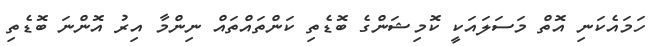
ހަމައެކަނި އޮތް މަސަލައަކީ ކޮމިޝަންގެ ބޮޑެތި ކަންތައްތައް ނިންމާ އިރު އޮންނަ ބޮޑެތި